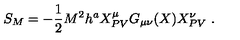
S _ { M } = - \frac { 1 } { 2 } M ^ { 2 } h ^ { a } X _ { P V } ^ { \mu } G _ { \mu \nu } ( X ) X _ { P V } ^ { \nu } \ .